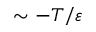
\sim - T / \varepsilon